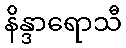
နိန္ဒာရောသီ